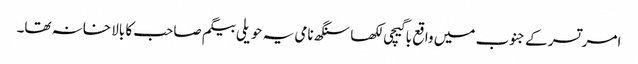
امرتسر کے جنوب میں واقع باگیچی لکھا سنگھ نامی یہ حویلی بیگم صاحب کا بالا خانہ تھا۔